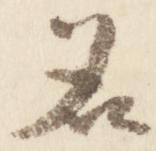
名